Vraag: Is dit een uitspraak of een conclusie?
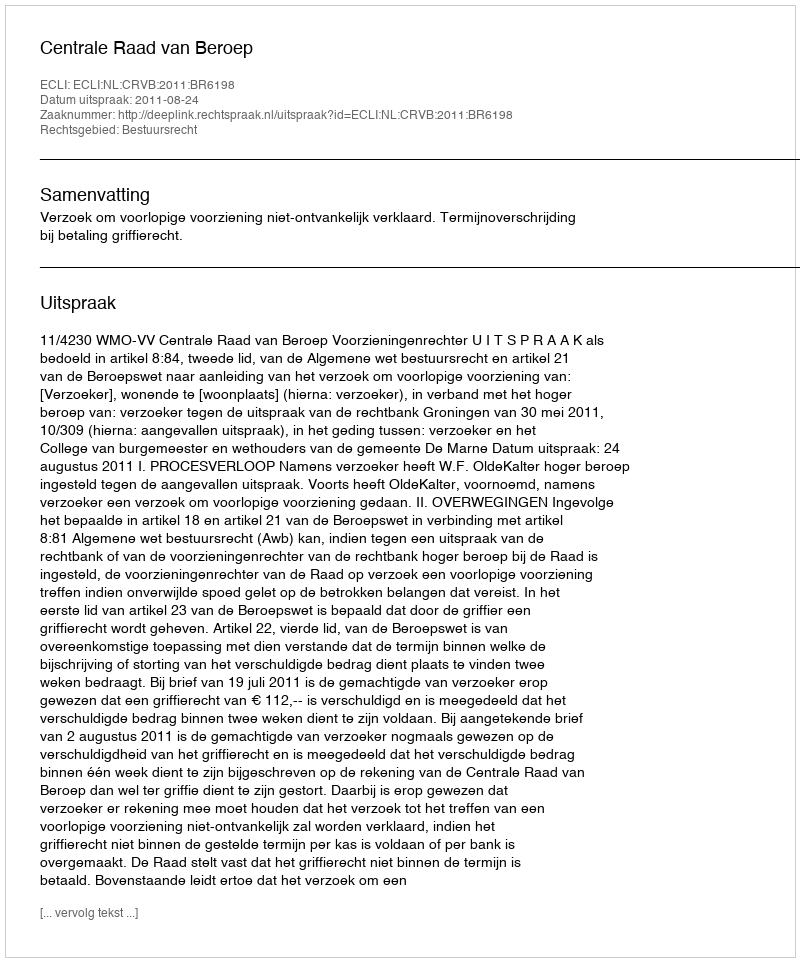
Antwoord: Uitspraak